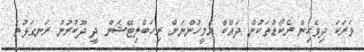
ވަރަކަ ދިވެހިން ރެކޯޑުތަކުން ދައްކާ އެމީހުންނަށް ރިހަބްލިޓޭޝަން ދީ ދޫކުރުން ރަނގަޅުތަ